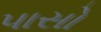
પાસો